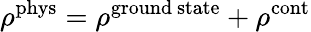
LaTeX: \rho^{\mathrm{phys}}=\rho^{\mathrm{ground\ state}}+\rho^{\mathrm{cont}}